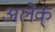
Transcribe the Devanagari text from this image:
अलेक्